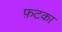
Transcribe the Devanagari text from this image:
फ़टका